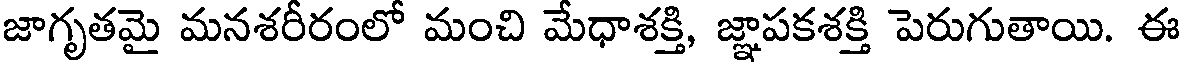
జాగృతమై మనశరీరంలో మంచి మేధాశక్తి, జ్ఞాపకశక్తి పెరుగుతాయి. ఈ